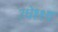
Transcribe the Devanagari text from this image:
उधेश्श्य